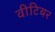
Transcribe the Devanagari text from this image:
वीटियर